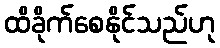
ထိခိုက်စေနိုင်သည်ဟု